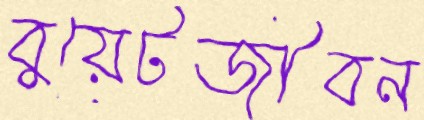
বুয়েটজীবন